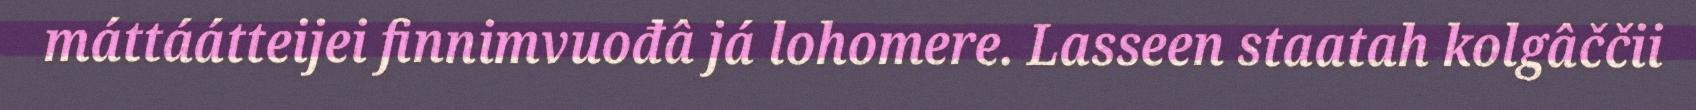
máttáátteijei finnimvuođâ já lohomere. Lasseen staatah kolgâččii